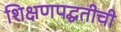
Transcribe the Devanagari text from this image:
शिक्षणपद्धतीची